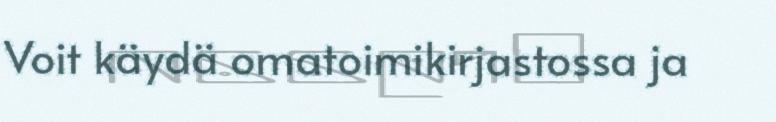
Voit käydä omatoimikirjastossa ja